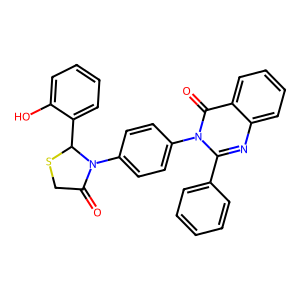
SMILES: O=C1CSC(c2ccccc2O)N1c1ccc(-n2c(-c3ccccc3)nc3ccccc3c2=O)cc1
Inhibits HIV replication: No